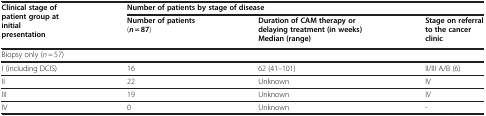
<table><thead><tr><td rowspan="2"><b>Clinical stage of patient group at initial presentation</b></td><td colspan="3"><b>Number of patients by stage of disease</b></td></tr><tr><td><b>Number of patients (<i>n</i> = 87)</b></td><td><b>Duration of CAM therapy or delaying treatment (in weeks) Median (range)</b></td><td><b>Stage on referral to the cancer clinic</b></td></tr></thead><tbody><tr><td>Biopsy only (<i>n =</i> 57)</td><td> </td><td> </td><td> </td></tr><tr><td>I (including DCIS)</td><td>16</td><td>62 (41–101)</td><td>II/III A/B (6)</td></tr><tr><td>II</td><td>22</td><td>Unknown</td><td>IV</td></tr><tr><td>III</td><td>19</td><td>Unknown</td><td>IV</td></tr><tr><td>IV</td><td>0</td><td>Unknown</td><td>-</td></tr></tbody></table>